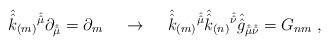
\begin{align*}\hat{\hat{k}}_{(m)}{}^{\hat{\hat{\mu}}}\partial_{\hat{\hat{\mu}}}= \partial_{m} \hspace{.5cm}\rightarrow\hspace{.5cm}\hat{\hat{k}}_{(m)}{}^{\hat{\hat{\mu}}}\hat{\hat{k}}_{(n)}{}^{\hat{\hat{\nu}}}\hat{\hat{g}}_{\hat{\hat{\mu}}\hat{\hat{\nu}}}=G_{nm}\; ,\end{align*}